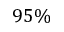
9 5 \%